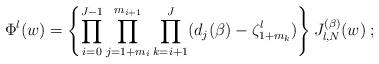
LaTeX: \begin{align*}\Phi^{\l}(w) = \left\{\prod_{i=0}^{J-1}\prod_{j=1+m_i}^{m_{i+1}}\prod_{k=i+1}^J (d_j(\beta)-\zeta^{\l}_{1+m_k})\right\}J_{\l,N}^{(\beta)}(w) \; ; \end{align*}